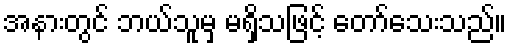
အနားတွင် ဘယ်သူမှ မရှိသဖြင့် တော်သေးသည်။